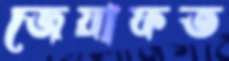
জেয়াফত